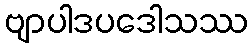
ဗျာပါဒပဒေါသဿ